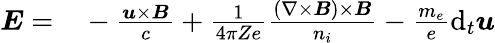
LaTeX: \begin{array}{rl}{\boldsymbol{E}=}&{{}-\frac{\boldsymbol{u}\times\boldsymbol{B}}{c}+\frac{1}{4\pi Ze}\frac{(\nabla\times\boldsymbol{B})\times\boldsymbol{B}}{n_{i}}-\frac{m_{e}}{e}\mathrm{d}_{t}\boldsymbol{u}}\end{array}